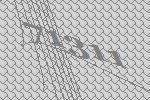
71311